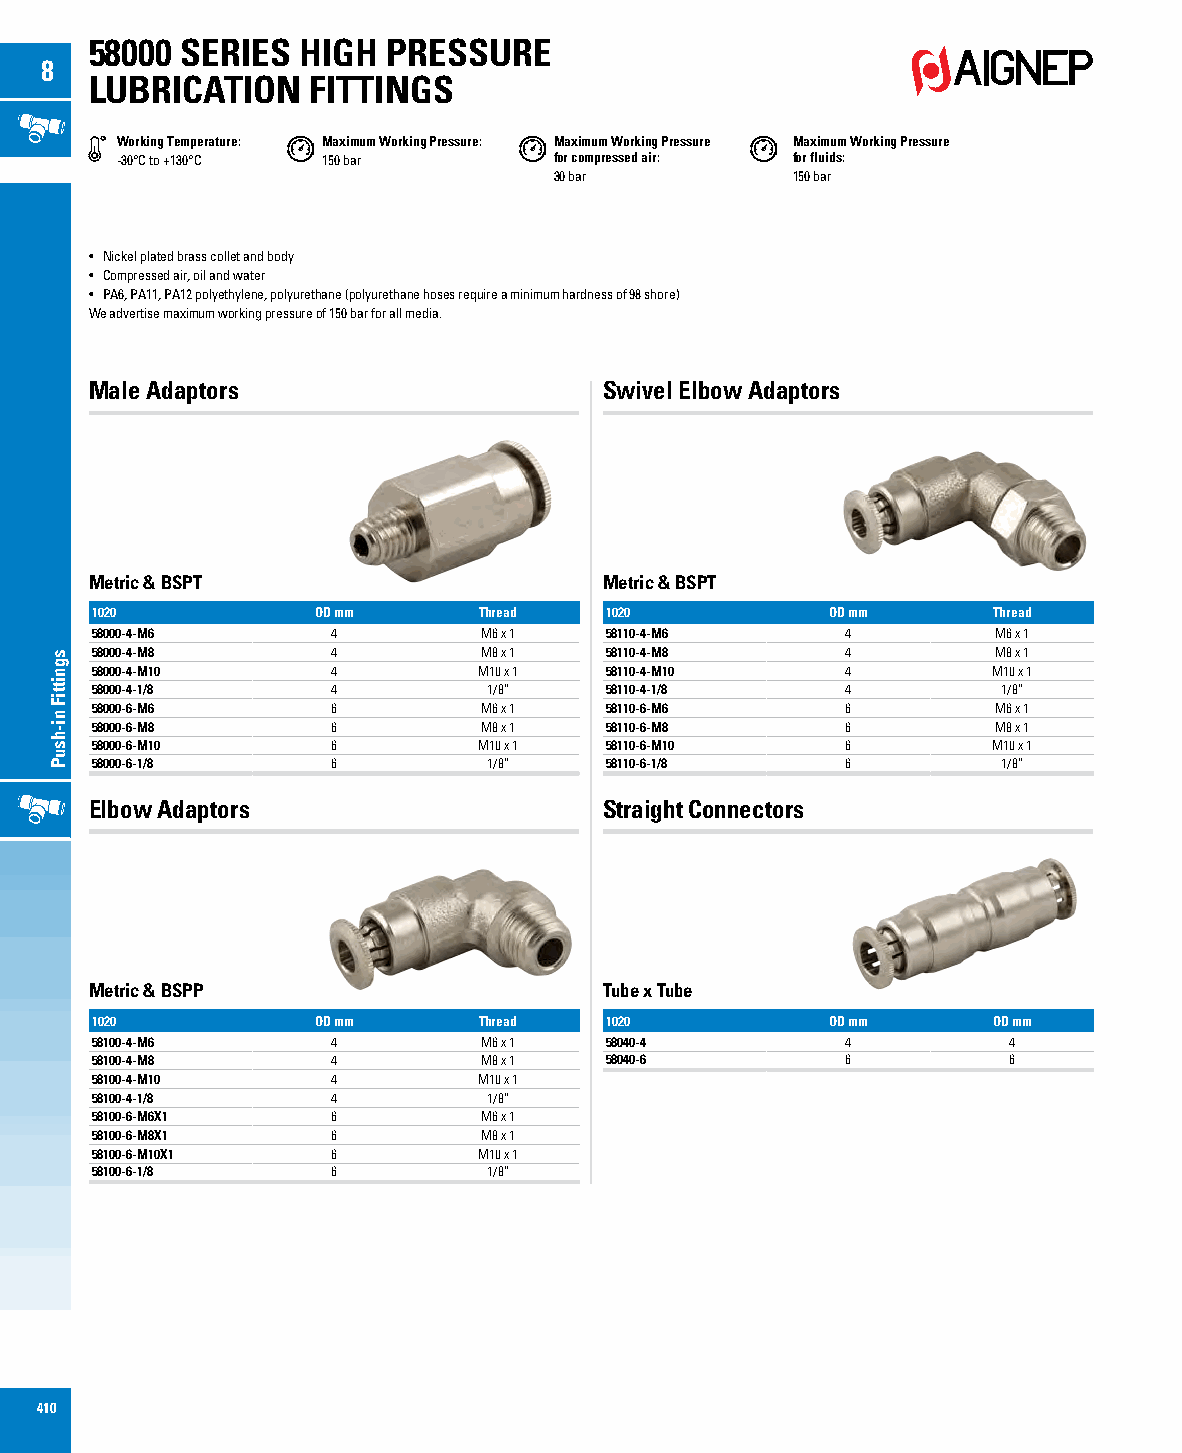
58000 SERIES  HIGH  PRESSURE
 8
 LUBRICATION   FITTINGS
 Working Temperature: Maximum Working Pressure: Maximum Working Pressure Maximum Working Pressure
 -30°C to +130°C 150 bar      for compressed air: for fluids:
 30 bar         150 bar
 • Nickel plated brass collet and body
 • Compressed air, oil and water
 • PA6, PA11, PA12 polyethylene, polyurethane (polyurethane hoses require a minimum hardness of 98 shore)
 We advertise maximum working pressure of 150 bar for all media.
 Male Adaptors                     Swivel Elbow Adaptors
 Metric & BSPT                     Metric & BSPT
 1020           OD mm      Thread  1020           OD mm      Thread
 58000-4-M6      4         M6 x 1  58110-4-M6      4         M6 x 1
 58000-4-M8      4         M8 x 1  58110-4-M8      4         M8 x 1
 58000-4-M10     4         M10 x 1 58110-4-M10     4         M10 x 1
 58000-4-1/8     4         1/8”    58110-4-1/8     4         1/8”
 58000-6-M6      6         M6 x 1  58110-6-M6      6         M6 x 1
 58000-6-M8      6         M8 x 1  58110-6-M8      6         M8 x 1
 58000-6-M10     6         M10 x 1 58110-6-M10     6         M10 x 1
 58000-6-1/8     6         1/8”    58110-6-1/8     6         1/8”
 Elbow Adaptors                    Straight Connectors
 Metric & BSPP                     Tube x Tube
 1020           OD mm      Thread  1020           OD mm      OD mm
 58100-4-M6      4         M6 x 1  58040-4         4          4
 58100-4-M8      4         M8 x 1  58040-6         6          6
 58100-4-M10     4         M10 x 1
 58100-4-1/8     4         1/8”
 58100-6-M6X1    6         M6 x 1
 58100-6-M8X1    6         M8 x 1
 58100-6-M10X1   6         M10 x 1
 58100-6-1/8     6         1/8”
 410
 sgnittiF
 ni-hsuP